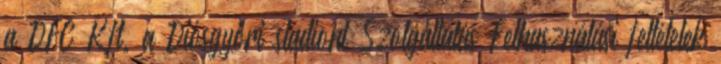
a DFC Kft. a Diósgyőri stadiont Szolgáltatás Felhasználási feltételek